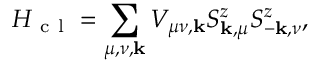
H _ { \mathrm { ~ c ~ l ~ } } = \sum _ { \mu , \nu , \mathbf { k } } V _ { \mu \nu , \mathbf { k } } S _ { \mathbf { k } , \mu } ^ { z } S _ { - \mathbf { k } , \nu } ^ { z } ,